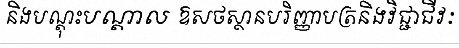
និងបណ្តុះបណ្តាល ឱសថស្ថានបរិញ្ញាបត្រនិងវិជ្ជាជីវៈ